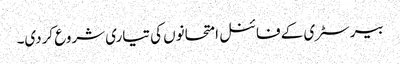
بیرسٹری کے فائنل امتحانوں کی تیاری شروع کردی۔